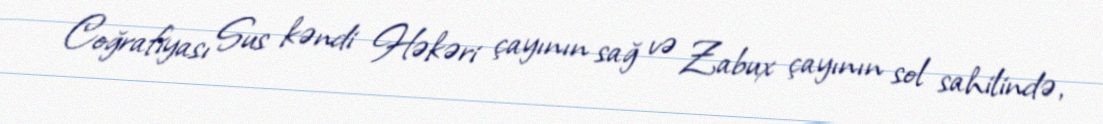
Coğrafiyası Sus kəndi Həkəri çayının sağ və Zabux çayının sol sahilində,